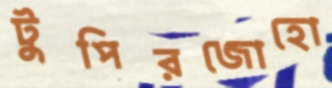
টুপিরজোহো